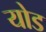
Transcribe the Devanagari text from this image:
योड